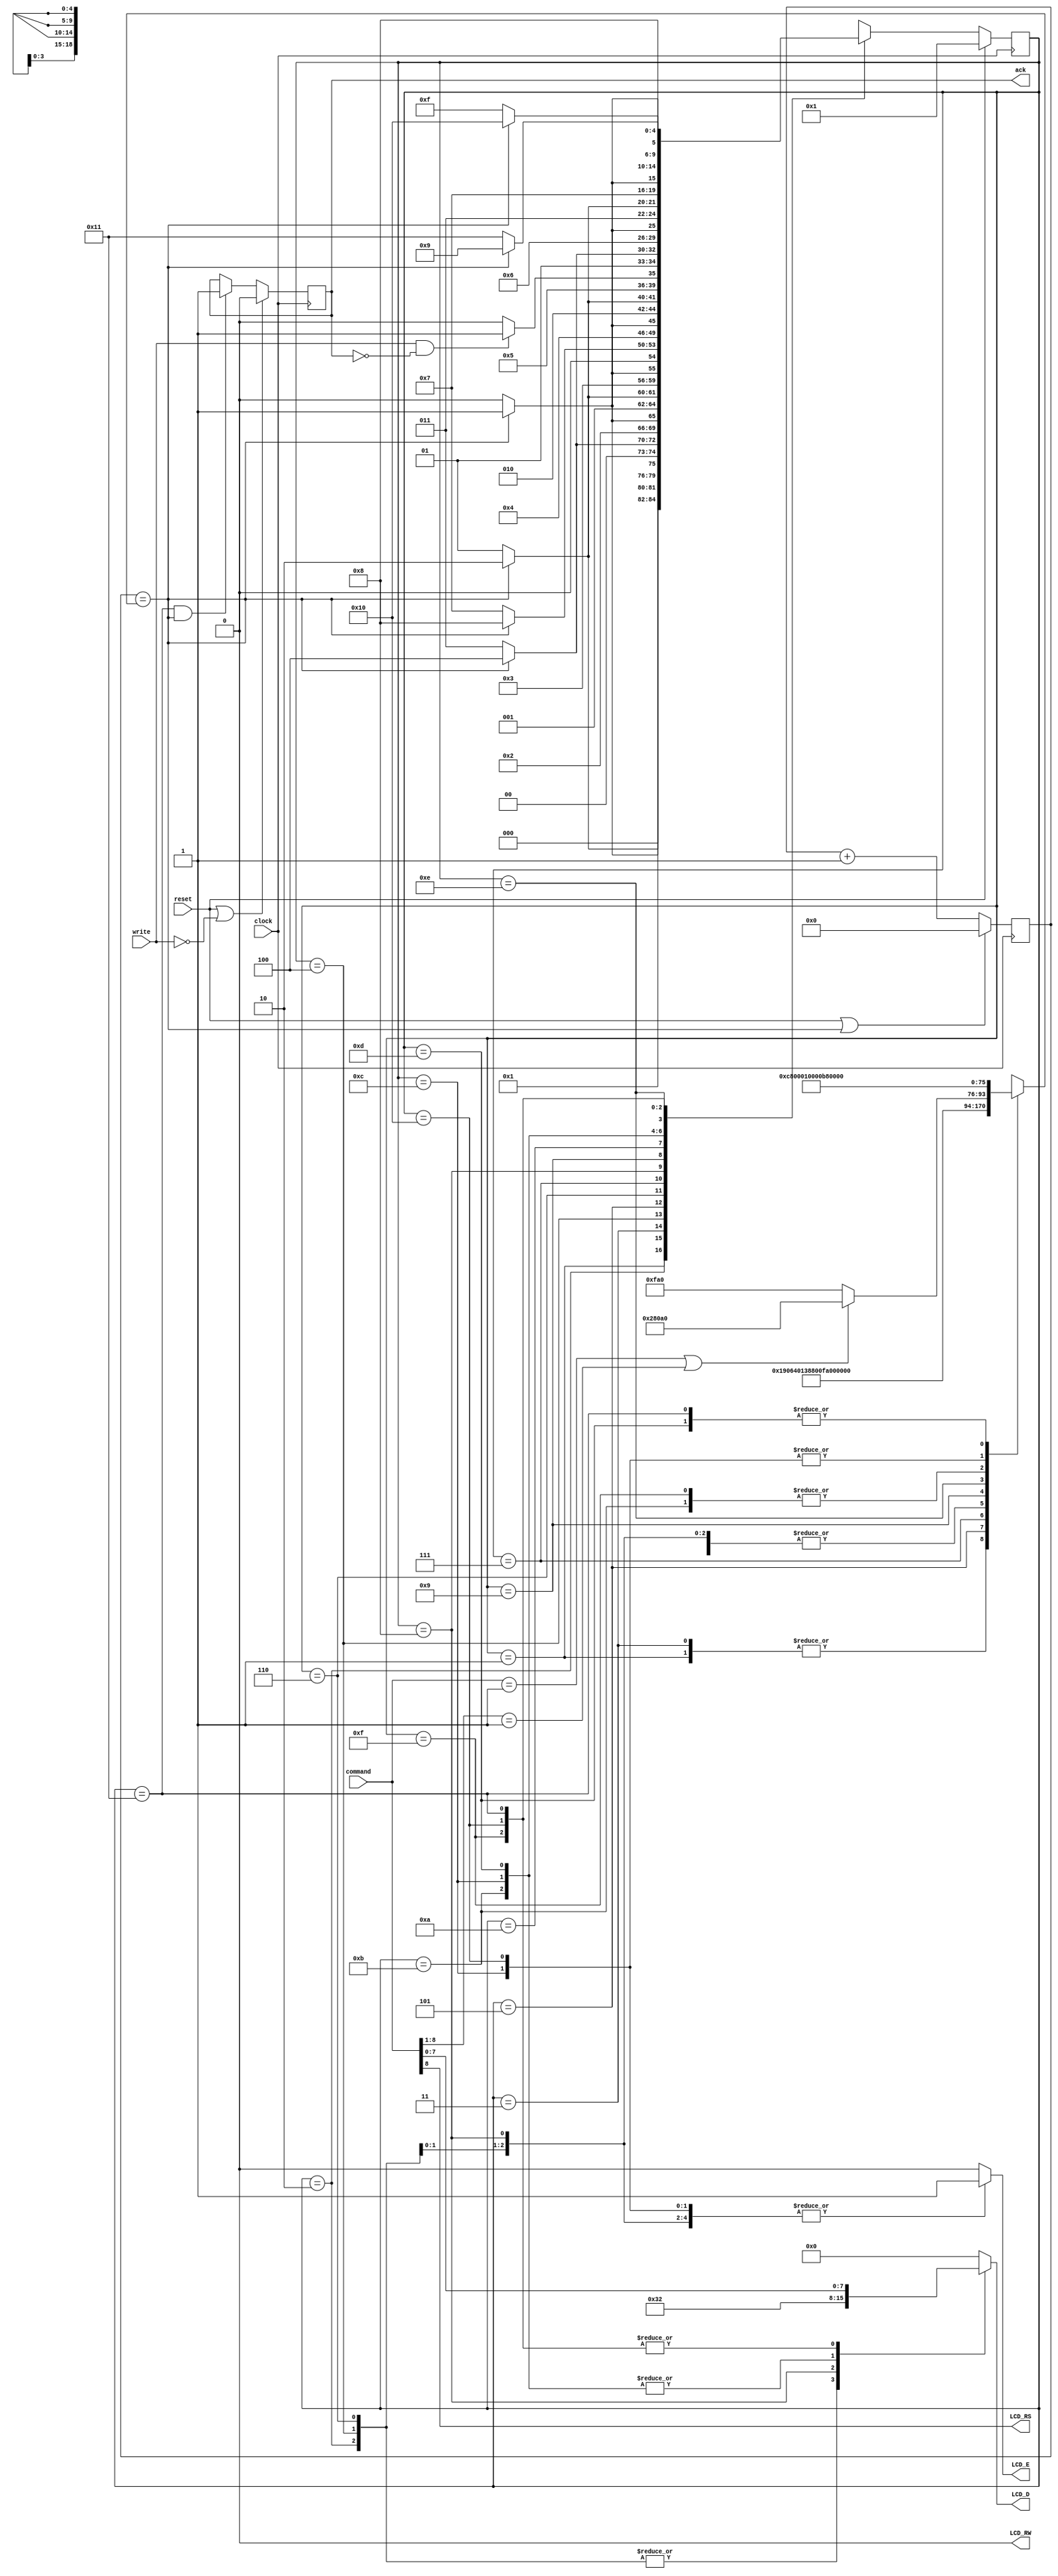
module lcd_ctrl(
    input  clock,
    input  reset,
    input  [8:0] command,
    input  write,
    output reg ack,
    //---------------------------------
    output reg [3:0] LCD_D, // 4-bit LCD data bus
    output reg LCD_E,       // Enable
    output LCD_RS,          // Register Select (0->Register; 1->Data)
    output LCD_RW           // Read/Write (0->Write; 1->Read)
    );

    localparam [4:0]    INIT_1=1, INIT_2=2, INIT_3=3, INIT_4=4, INIT_5=5, INIT_6=6, INIT_7=7, INIT_8=8,
                        CMD_WAIT=9, NOP=10, U_SETUP=11, U_ENAB=12, U_HOLD=13, UL_WAIT=14, L_SETUP=15,
                        L_ENAB=16, L_HOLD=17;

    reg  [18:0] count;
    reg  [18:0] compare;
    reg  [4:0] state;
    wire bell;
    wire long_instr;

    assign LCD_RW = 0;                  // There is no reason to read from the LCD screen.
    assign LCD_RS = command[8];
    assign bell = (count == compare);
    assign long_instr = ((command == 9'b0_0000_0001) || (command[8:1] == 8'b0_0000_001));


    /* The count register increments until it equals 'compare' */
    always @(posedge clock) begin
        count <= (reset | bell) ? 19'b0 : count + 1;
    end

    /* Time delays for various states */
    always @(*) begin
        case (state)
            INIT_1   : compare <= 19'd410000;  // 15ms (4.1ms OK due to power-up delay)
            INIT_2   : compare <= 19'd24;      // 240 ns
            INIT_3   : compare <= 19'd410000;  // 4.1 ms
            INIT_4   : compare <= 19'd24;      // 240 ns
            INIT_5   : compare <= 19'd10000;   // 100 us or longer
            INIT_6   : compare <= 19'd24;      // 240 ns
            INIT_7   : compare <= 19'd4000;    // 40  us or longer
            INIT_8   : compare <= 19'd24;      // 240 ns
            CMD_WAIT : compare <= (long_instr) ? 19'd164000 : 19'd4000;   // 40 us or 1.64 ms
            NOP      : compare <= 19'hxxxxx;
            U_SETUP  : compare <= 19'd4;       // 40  ns
            U_ENAB   : compare <= 19'd23;      // 230 ns
            U_HOLD   : compare <= 19'd1;       // 10  ns
            UL_WAIT  : compare <= 19'd100;     // 1   us
            L_SETUP  : compare <= 19'd4;       // 40  ns
            L_ENAB   : compare <= 19'd23;      // 230 ns
            L_HOLD   : compare <= 19'd1;       // 10  ns
            default  : compare <= 19'hxxxxx;
        endcase
    end

    /* The main state machine */
    always @(posedge clock) begin
        if (reset) begin
            state <= INIT_1;
        end
        else begin
            case (state)
                INIT_1   : state <= (bell)  ? INIT_2   : INIT_1;
                INIT_2   : state <= (bell)  ? INIT_3   : INIT_2;
                INIT_3   : state <= (bell)  ? INIT_4   : INIT_3;
                INIT_4   : state <= (bell)  ? INIT_5   : INIT_4;
                INIT_5   : state <= (bell)  ? INIT_6   : INIT_5;
                INIT_6   : state <= (bell)  ? INIT_7   : INIT_6;
                INIT_7   : state <= (bell)  ? INIT_8   : INIT_7;
                INIT_8   : state <= (bell)  ? CMD_WAIT : INIT_8;
                CMD_WAIT : state <= (bell)  ? NOP      : CMD_WAIT;
                NOP      : state <= (write & ~ack) ? U_SETUP  : NOP;
                U_SETUP  : state <= (bell)  ? U_ENAB   : U_SETUP;
                U_ENAB   : state <= (bell)  ? U_HOLD   : U_ENAB;
                U_HOLD   : state <= (bell)  ? UL_WAIT  : U_HOLD;
                UL_WAIT  : state <= (bell)  ? L_SETUP  : UL_WAIT;
                L_SETUP  : state <= (bell)  ? L_ENAB   : L_SETUP;
                L_ENAB   : state <= (bell)  ? L_HOLD   : L_ENAB;
                L_HOLD   : state <= (bell)  ? CMD_WAIT : L_HOLD;
                default  : state <= 5'bxxxxx;
            endcase
        end
    end

    /* Combinatorial enable and data assignments */
    always @(*) begin
        case (state)
            INIT_1   : begin LCD_E <= 0; LCD_D <= 4'b0000; end
            INIT_2   : begin LCD_E <= 0; LCD_D <= 4'b0011; end
            INIT_3   : begin LCD_E <= 0; LCD_D <= 4'b0000; end
            INIT_4   : begin LCD_E <= 1; LCD_D <= 4'b0011; end
            INIT_5   : begin LCD_E <= 0; LCD_D <= 4'b0000; end
            INIT_6   : begin LCD_E <= 1; LCD_D <= 4'b0011; end
            INIT_7   : begin LCD_E <= 0; LCD_D <= 4'b0000; end
            INIT_8   : begin LCD_E <= 1; LCD_D <= 4'b0010; end
            CMD_WAIT : begin LCD_E <= 0; LCD_D <= 4'b0000; end
            NOP      : begin LCD_E <= 0; LCD_D <= 4'b0000; end
            U_SETUP  : begin LCD_E <= 0; LCD_D <= command[7:4]; end
            U_ENAB   : begin LCD_E <= 1; LCD_D <= command[7:4]; end
            U_HOLD   : begin LCD_E <= 0; LCD_D <= command[7:4]; end
            UL_WAIT  : begin LCD_E <= 0; LCD_D <= 4'b0000; end
            L_SETUP  : begin LCD_E <= 0; LCD_D <= command[3:0]; end
            L_ENAB   : begin LCD_E <= 1; LCD_D <= command[3:0]; end
            L_HOLD   : begin LCD_E <= 0; LCD_D <= command[3:0]; end
            default  : begin LCD_E <= 0; LCD_D <= 4'b0000; end
        endcase
    end

    /* Full 4-way Handshake */
    always @(posedge clock) begin
        ack <= (reset | ~write) ? 0 : (((state == L_HOLD) && (bell == 1'b1)) ? 1 : ack);
    end

endmodule